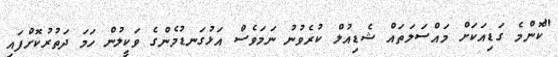
"ކޮންމެ ގަޑިއަކަށް މައްސަލަތައް ޝެޑިއުލް ކުރެވުނު ނަމަވެސް އަޅުގަނޑުމެންގެ ވަކީލުން ހަމަ ދަތުރުކޮށްފައި